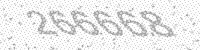
Solution: 266668